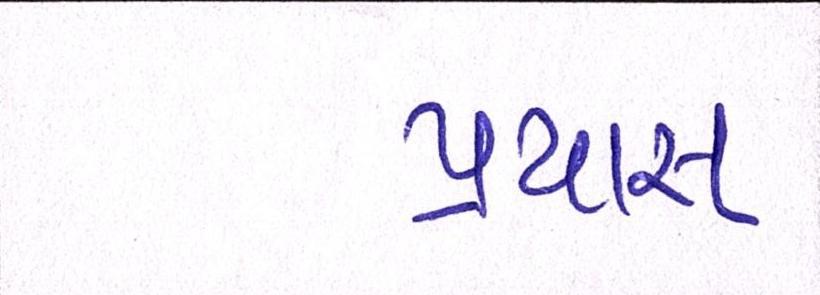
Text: પ્રયાસ